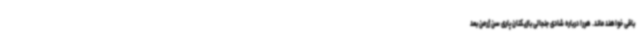
باقی خواهند ماند. هررا درباره شادی جنجالی بازیکنان پاری سن ژرمن بعد